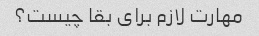
مهارت لازم برای بقا چیست؟